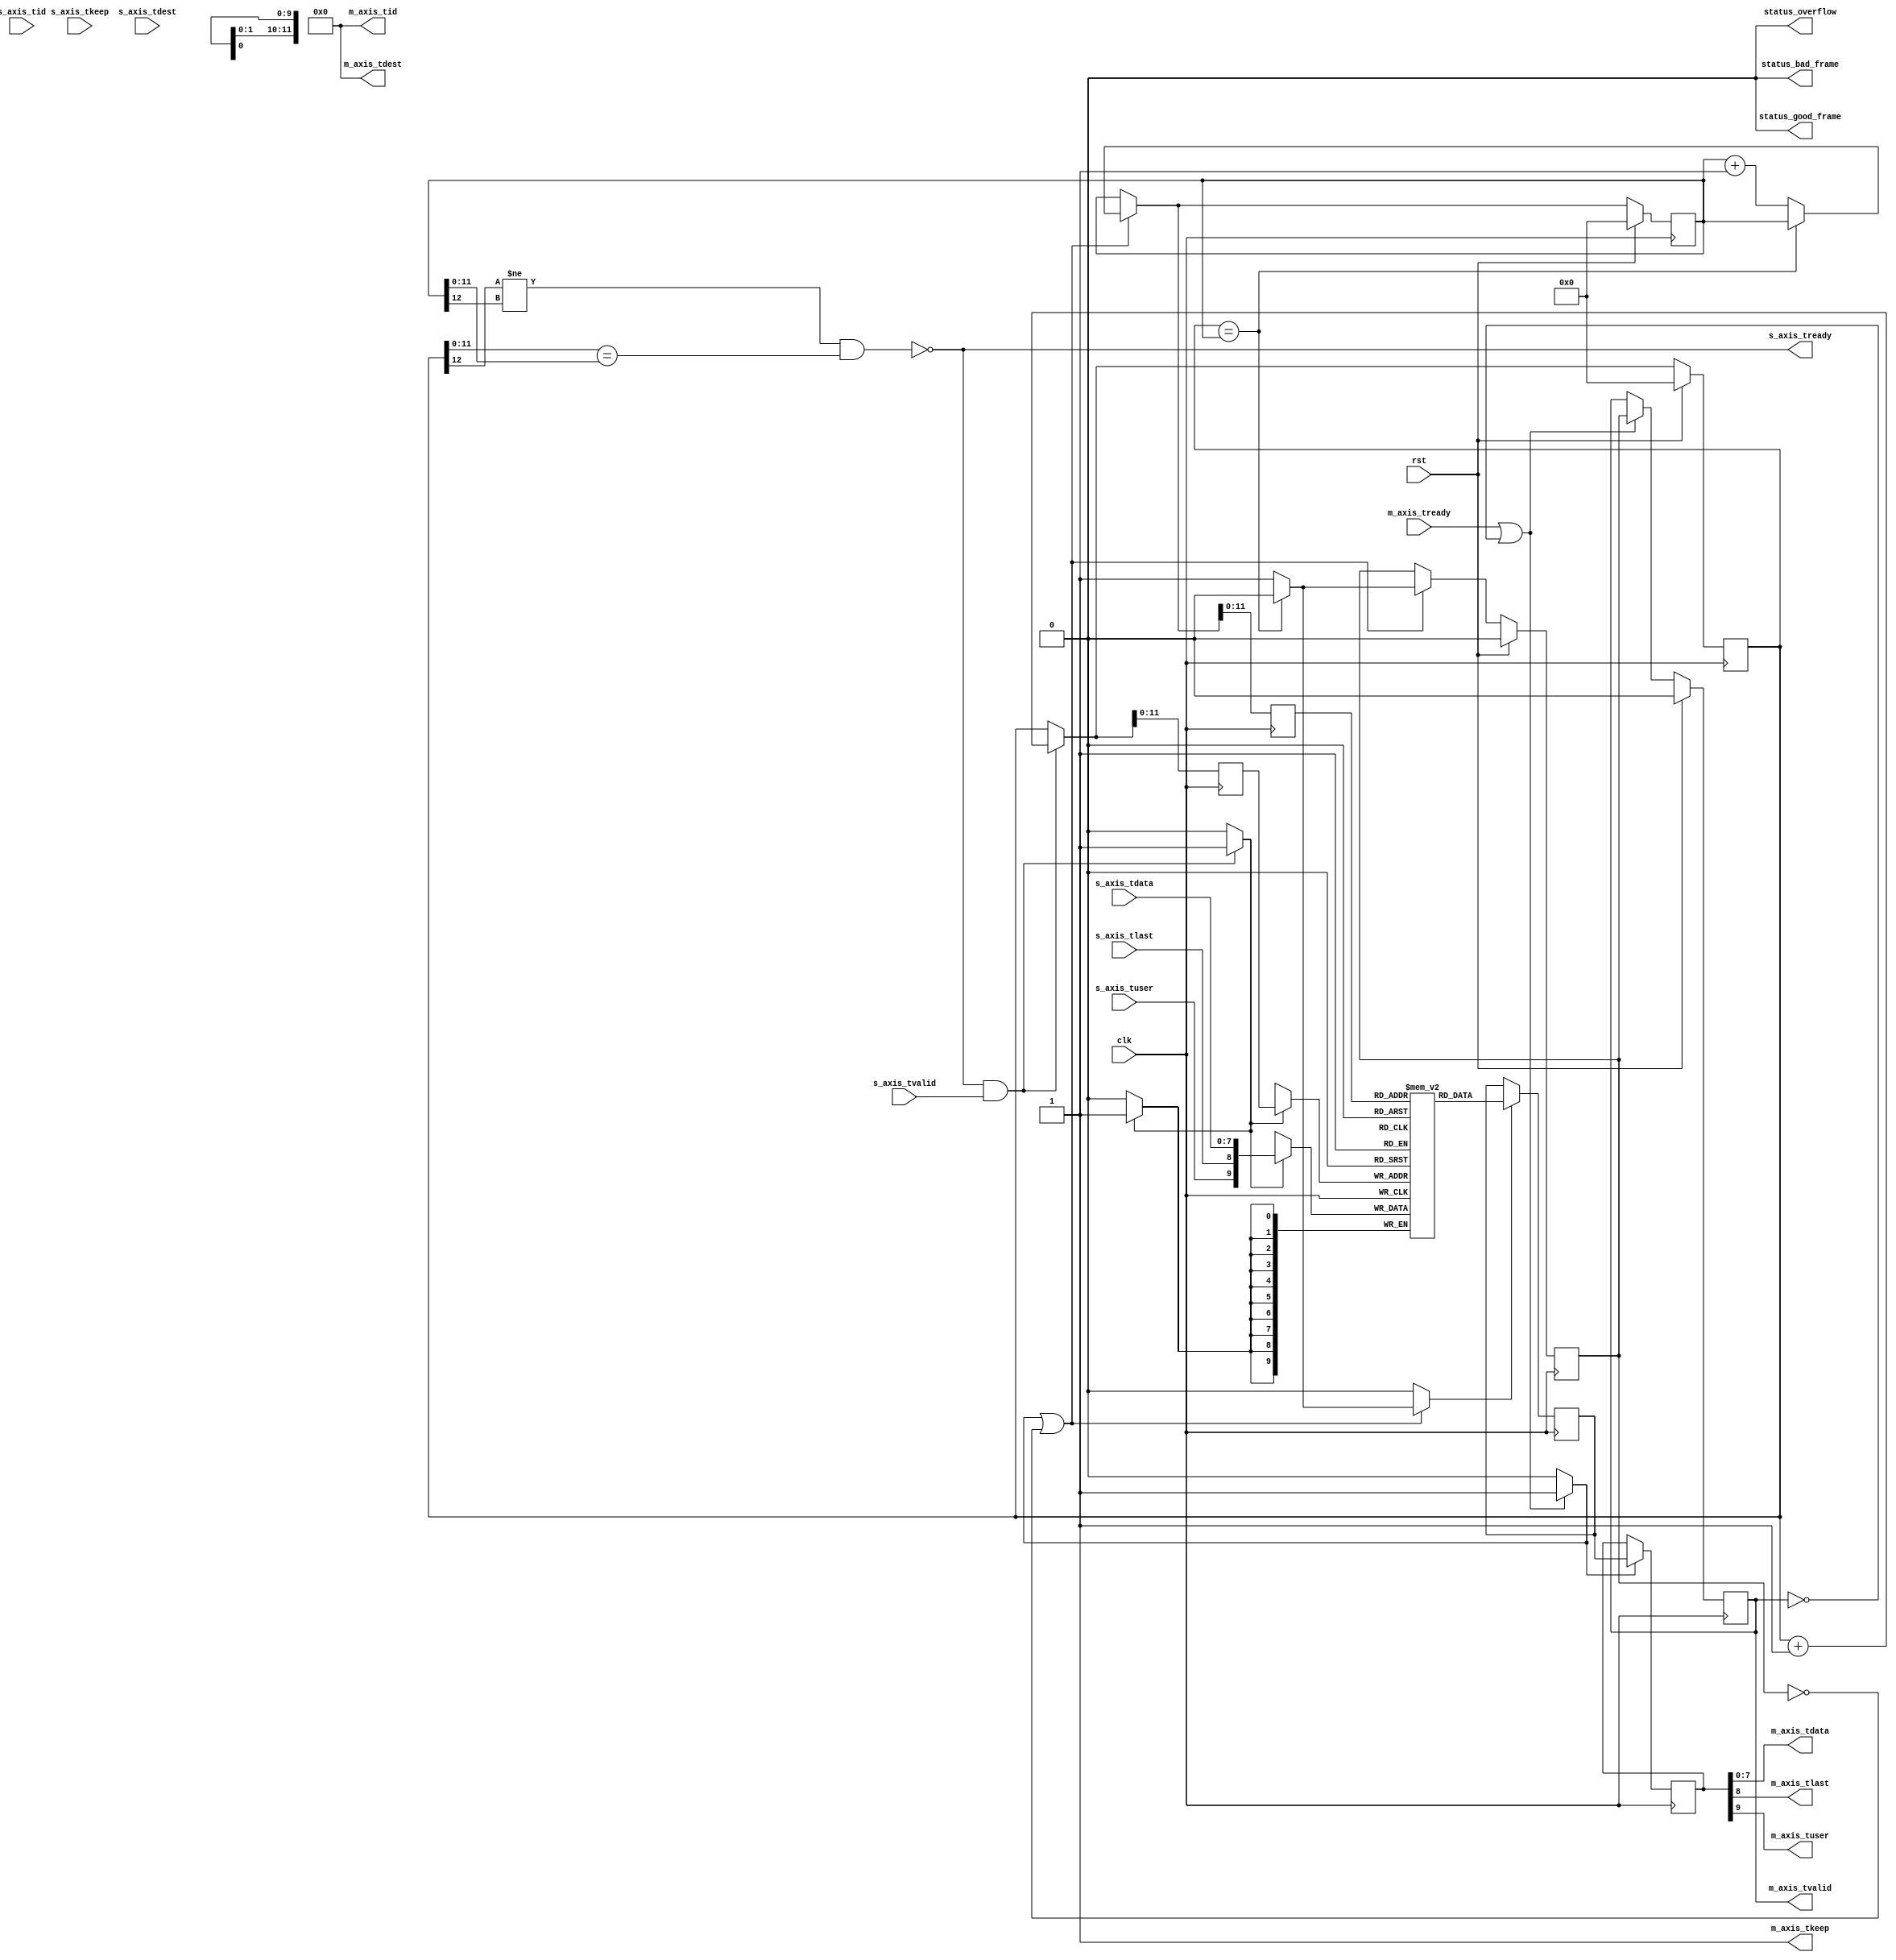


// Language: Verilog 2001

`timescale 1ns / 1ps

/*
 * AXI4-Stream FIFO
 */
module axis_fifo #
(
    // FIFO depth in words
    // KEEP_WIDTH words per cycle if KEEP_ENABLE set
    // Rounded up to nearest power of 2 cycles
    parameter DEPTH = 4096,
    // Width of AXI stream interfaces in bits
    parameter DATA_WIDTH = 8,
    // Propagate tkeep signal
    // If disabled, tkeep assumed to be 1'b1
    parameter KEEP_ENABLE = (DATA_WIDTH>8),
    // tkeep signal width (words per cycle)
    parameter KEEP_WIDTH = (DATA_WIDTH/8),
    // Propagate tlast signal
    parameter LAST_ENABLE = 1,
    // Propagate tid signal
    parameter ID_ENABLE = 0,
    // tid signal width
    parameter ID_WIDTH = 8,
    // Propagate tdest signal
    parameter DEST_ENABLE = 0,
    // tdest signal width
    parameter DEST_WIDTH = 8,
    // Propagate tuser signal
    parameter USER_ENABLE = 1,
    // tuser signal width
    parameter USER_WIDTH = 1,
    // Frame FIFO mode - operate on frames instead of cycles
    // When set, m_axis_tvalid will not be deasserted within a frame
    // Requires LAST_ENABLE set
    parameter FRAME_FIFO = 0,
    // tuser value for bad frame marker
    parameter USER_BAD_FRAME_VALUE = 1'b1,
    // tuser mask for bad frame marker
    parameter USER_BAD_FRAME_MASK = 1'b1,
    // Drop frames marked bad
    // Requires FRAME_FIFO set
    parameter DROP_BAD_FRAME = 0,
    // Drop incoming frames when full
    // When set, s_axis_tready is always asserted
    // Requires FRAME_FIFO set
    parameter DROP_WHEN_FULL = 0
)
(
    input  wire                   clk,
    input  wire                   rst,

    /*
     * AXI input
     */
    input  wire [DATA_WIDTH-1:0]  s_axis_tdata,
    input  wire [KEEP_WIDTH-1:0]  s_axis_tkeep,
    input  wire                   s_axis_tvalid,
    output wire                   s_axis_tready,
    input  wire                   s_axis_tlast,
    input  wire [ID_WIDTH-1:0]    s_axis_tid,
    input  wire [DEST_WIDTH-1:0]  s_axis_tdest,
    input  wire [USER_WIDTH-1:0]  s_axis_tuser,

    /*
     * AXI output
     */
    output wire [DATA_WIDTH-1:0]  m_axis_tdata,
    output wire [KEEP_WIDTH-1:0]  m_axis_tkeep,
    output wire                   m_axis_tvalid,
    input  wire                   m_axis_tready,
    output wire                   m_axis_tlast,
    output wire [ID_WIDTH-1:0]    m_axis_tid,
    output wire [DEST_WIDTH-1:0]  m_axis_tdest,
    output wire [USER_WIDTH-1:0]  m_axis_tuser,

    /*
     * Status
     */
    output wire                   status_overflow,
    output wire                   status_bad_frame,
    output wire                   status_good_frame
);

parameter ADDR_WIDTH = (KEEP_ENABLE && KEEP_WIDTH > 1) ? $clog2(DEPTH/KEEP_WIDTH) : $clog2(DEPTH);

// check configuration
initial begin
    if (FRAME_FIFO && !LAST_ENABLE) begin
        $error("Error: FRAME_FIFO set requires LAST_ENABLE set (instance %m)");
        $finish;
    end

    if (DROP_BAD_FRAME && !FRAME_FIFO) begin
        $error("Error: DROP_BAD_FRAME set requires FRAME_FIFO set (instance %m)");
        $finish;
    end

    if (DROP_WHEN_FULL && !FRAME_FIFO) begin
        $error("Error: DROP_WHEN_FULL set requires FRAME_FIFO set (instance %m)");
        $finish;
    end

    if (DROP_BAD_FRAME && (USER_BAD_FRAME_MASK & {USER_WIDTH{1'b1}}) == 0) begin
        $error("Error: Invalid USER_BAD_FRAME_MASK value (instance %m)");
        $finish;
    end
end

localparam KEEP_OFFSET = DATA_WIDTH;
localparam LAST_OFFSET = KEEP_OFFSET + (KEEP_ENABLE ? KEEP_WIDTH : 0);
localparam ID_OFFSET   = LAST_OFFSET + (LAST_ENABLE ? 1          : 0);
localparam DEST_OFFSET = ID_OFFSET   + (ID_ENABLE   ? ID_WIDTH   : 0);
localparam USER_OFFSET = DEST_OFFSET + (DEST_ENABLE ? DEST_WIDTH : 0);
localparam WIDTH       = USER_OFFSET + (USER_ENABLE ? USER_WIDTH : 0);

reg [ADDR_WIDTH:0] wr_ptr_reg = {ADDR_WIDTH+1{1'b0}}, wr_ptr_next;
reg [ADDR_WIDTH:0] wr_ptr_cur_reg = {ADDR_WIDTH+1{1'b0}}, wr_ptr_cur_next;
reg [ADDR_WIDTH:0] wr_addr_reg = {ADDR_WIDTH+1{1'b0}};
reg [ADDR_WIDTH:0] rd_ptr_reg = {ADDR_WIDTH+1{1'b0}}, rd_ptr_next;
reg [ADDR_WIDTH:0] rd_addr_reg = {ADDR_WIDTH+1{1'b0}};

reg [WIDTH-1:0] mem[(2**ADDR_WIDTH)-1:0];
reg [WIDTH-1:0] mem_read_data_reg;
reg mem_read_data_valid_reg = 1'b0, mem_read_data_valid_next;

wire [WIDTH-1:0] s_axis;

reg [WIDTH-1:0] m_axis_reg;
reg m_axis_tvalid_reg = 1'b0, m_axis_tvalid_next;

// full when first MSB different but rest same
wire full = ((wr_ptr_reg[ADDR_WIDTH] != rd_ptr_reg[ADDR_WIDTH]) &&
             (wr_ptr_reg[ADDR_WIDTH-1:0] == rd_ptr_reg[ADDR_WIDTH-1:0]));
wire full_cur = ((wr_ptr_cur_reg[ADDR_WIDTH] != rd_ptr_reg[ADDR_WIDTH]) &&
                 (wr_ptr_cur_reg[ADDR_WIDTH-1:0] == rd_ptr_reg[ADDR_WIDTH-1:0]));
// empty when pointers match exactly
wire empty = wr_ptr_reg == rd_ptr_reg;
// overflow within packet
wire full_wr = ((wr_ptr_reg[ADDR_WIDTH] != wr_ptr_cur_reg[ADDR_WIDTH]) &&
                (wr_ptr_reg[ADDR_WIDTH-1:0] == wr_ptr_cur_reg[ADDR_WIDTH-1:0]));

// control signals
reg write;
reg read;
reg store_output;

reg drop_frame_reg = 1'b0, drop_frame_next;
reg overflow_reg = 1'b0, overflow_next;
reg bad_frame_reg = 1'b0, bad_frame_next;
reg good_frame_reg = 1'b0, good_frame_next;

assign s_axis_tready = FRAME_FIFO ? (!full_cur || full_wr || DROP_WHEN_FULL) : !full;

generate
    assign s_axis[DATA_WIDTH-1:0] = s_axis_tdata;
    if (KEEP_ENABLE) assign s_axis[KEEP_OFFSET +: KEEP_WIDTH] = s_axis_tkeep;
    if (LAST_ENABLE) assign s_axis[LAST_OFFSET]               = s_axis_tlast;
    if (ID_ENABLE)   assign s_axis[ID_OFFSET   +: ID_WIDTH]   = s_axis_tid;
    if (DEST_ENABLE) assign s_axis[DEST_OFFSET +: DEST_WIDTH] = s_axis_tdest;
    if (USER_ENABLE) assign s_axis[USER_OFFSET +: USER_WIDTH] = s_axis_tuser;
endgenerate

assign m_axis_tvalid = m_axis_tvalid_reg;

assign m_axis_tdata = m_axis_reg[DATA_WIDTH-1:0];
assign m_axis_tkeep = KEEP_ENABLE ? m_axis_reg[KEEP_OFFSET +: KEEP_WIDTH] : {KEEP_WIDTH{1'b1}};
assign m_axis_tlast = LAST_ENABLE ? m_axis_reg[LAST_OFFSET]               : 1'b1;
assign m_axis_tid   = ID_ENABLE   ? m_axis_reg[ID_OFFSET   +: ID_WIDTH]   : {ID_WIDTH{1'b0}};
assign m_axis_tdest = DEST_ENABLE ? m_axis_reg[DEST_OFFSET +: DEST_WIDTH] : {DEST_WIDTH{1'b0}};
assign m_axis_tuser = USER_ENABLE ? m_axis_reg[USER_OFFSET +: USER_WIDTH] : {USER_WIDTH{1'b0}};

assign status_overflow = overflow_reg;
assign status_bad_frame = bad_frame_reg;
assign status_good_frame = good_frame_reg;

// Write logic
always @* begin
    write = 1'b0;

    drop_frame_next = drop_frame_reg;
    overflow_next = 1'b0;
    bad_frame_next = 1'b0;
    good_frame_next = 1'b0;

    wr_ptr_next = wr_ptr_reg;
    wr_ptr_cur_next = wr_ptr_cur_reg;

    if (s_axis_tready && s_axis_tvalid) begin
        // transfer in
        if (!FRAME_FIFO) begin
            // normal FIFO mode
            write = 1'b1;
            wr_ptr_next = wr_ptr_reg + 1;
        end else if (full_cur || full_wr || drop_frame_reg) begin
            // full, packet overflow, or currently dropping frame
            // drop frame
            drop_frame_next = 1'b1;
            if (s_axis_tlast) begin
                // end of frame, reset write pointer
                wr_ptr_cur_next = wr_ptr_reg;
                drop_frame_next = 1'b0;
                overflow_next = 1'b1;
            end
        end else begin
            write = 1'b1;
            wr_ptr_cur_next = wr_ptr_cur_reg + 1;
            if (s_axis_tlast) begin
                // end of frame
                if (DROP_BAD_FRAME && USER_BAD_FRAME_MASK & ~(s_axis_tuser ^ USER_BAD_FRAME_VALUE)) begin
                    // bad packet, reset write pointer
                    wr_ptr_cur_next = wr_ptr_reg;
                    bad_frame_next = 1'b1;
                end else begin
                    // good packet, update write pointer
                    wr_ptr_next = wr_ptr_cur_reg + 1;
                    good_frame_next = 1'b1;
                end
            end
        end
    end
end

always @(posedge clk) begin
    if (rst) begin
        wr_ptr_reg <= {ADDR_WIDTH+1{1'b0}};
        wr_ptr_cur_reg <= {ADDR_WIDTH+1{1'b0}};

        drop_frame_reg <= 1'b0;
        overflow_reg <= 1'b0;
        bad_frame_reg <= 1'b0;
        good_frame_reg <= 1'b0;
    end else begin
        wr_ptr_reg <= wr_ptr_next;
        wr_ptr_cur_reg <= wr_ptr_cur_next;

        drop_frame_reg <= drop_frame_next;
        overflow_reg <= overflow_next;
        bad_frame_reg <= bad_frame_next;
        good_frame_reg <= good_frame_next;
    end

    if (FRAME_FIFO) begin
        wr_addr_reg <= wr_ptr_cur_next;
    end else begin
        wr_addr_reg <= wr_ptr_next;
    end

    if (write) begin
        mem[wr_addr_reg[ADDR_WIDTH-1:0]] <= s_axis;
    end
end

// Read logic
always @* begin
    read = 1'b0;

    rd_ptr_next = rd_ptr_reg;

    mem_read_data_valid_next = mem_read_data_valid_reg;

    if (store_output || !mem_read_data_valid_reg) begin
        // output data not valid OR currently being transferred
        if (!empty) begin
            // not empty, perform read
            read = 1'b1;
            mem_read_data_valid_next = 1'b1;
            rd_ptr_next = rd_ptr_reg + 1;
        end else begin
            // empty, invalidate
            mem_read_data_valid_next = 1'b0;
        end
    end
end

always @(posedge clk) begin
    if (rst) begin
        rd_ptr_reg <= {ADDR_WIDTH+1{1'b0}};
        mem_read_data_valid_reg <= 1'b0;
    end else begin
        rd_ptr_reg <= rd_ptr_next;
        mem_read_data_valid_reg <= mem_read_data_valid_next;
    end

    rd_addr_reg <= rd_ptr_next;

    if (read) begin
        mem_read_data_reg <= mem[rd_addr_reg[ADDR_WIDTH-1:0]];
    end
end

// Output register
always @* begin
    store_output = 1'b0;

    m_axis_tvalid_next = m_axis_tvalid_reg;

    if (m_axis_tready || !m_axis_tvalid) begin
        store_output = 1'b1;
        m_axis_tvalid_next = mem_read_data_valid_reg;
    end
end

always @(posedge clk) begin
    if (rst) begin
        m_axis_tvalid_reg <= 1'b0;
    end else begin
        m_axis_tvalid_reg <= m_axis_tvalid_next;
    end

    if (store_output) begin
        m_axis_reg <= mem_read_data_reg;
    end
end

endmodule